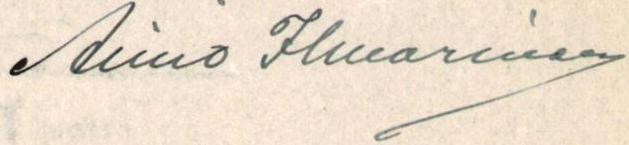
Aimo Ilmarinen